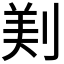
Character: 𠝫